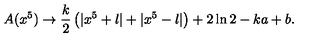
A ( x ^ { 5 } ) \rightarrow \frac { k } { 2 } \left( | x ^ { 5 } + l | + | x ^ { 5 } - l | \right) + 2 \ln 2 - k a + b .